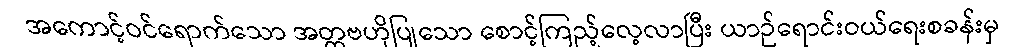
အကောင့်ဝင်ရောက်သော အတ္တဗဟိုပြုသော စောင့်ကြည့်လေ့လာပြီး ယာဉ်ရောင်းဝယ်ရေးစခန်းမှ